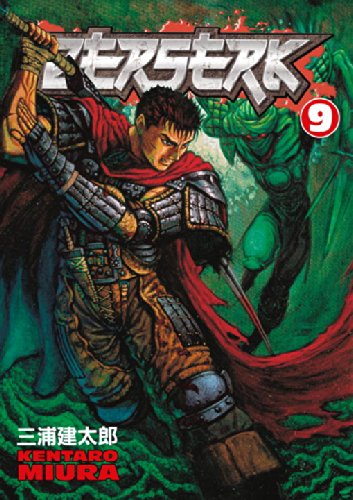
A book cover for Berserk, Vol. 9; Kentaro Miura; Comics & Graphic Novels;